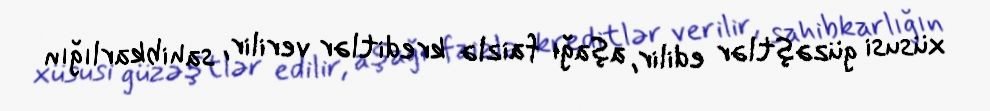
xüsusi güzəştlər edilir, aşağı faizlə kreditlər verilir, sahibkarlığın